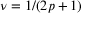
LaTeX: \nu = 1 / ( 2 p + 1 )